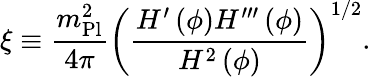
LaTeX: \xi\equiv{\frac{m_{\mathrm{Pl}}^{2}}{4\pi}}\left({\frac{H^{\prime}\left(\phi\right)H^{\prime\prime\prime}\left(\phi\right)}{H^{2}\left(\phi\right)}}\right)^{1/2}.